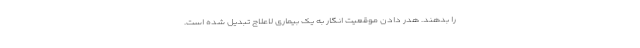
را بدهند. هدر دادن موقعیت انگار به یک بیماری لاعلاج تبدیل شده است.